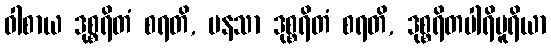
ဝါစာယ ဒုစ္စရိတံ စရတိ, မနသာ ဒုစ္စရိတံ စရတိ, ဒုစ္စရိတပါရိပူရိယာ